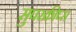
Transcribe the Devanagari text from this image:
सुपरक्रीप्स